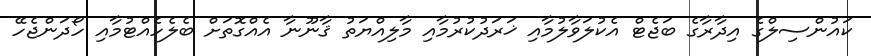
ކައުންސިލްގެ އިދާރާގެ ބަޖެޓް އެކުލަވާލުމާއި ޚަރަދުކުރުމާއި މާލިއްޔަތު ޤާނޫނާ އެއްގޮތަށް ބެލެހެއްޓުމާއި ހޯދަންޖެހޭ